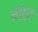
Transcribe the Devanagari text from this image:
नीडेल